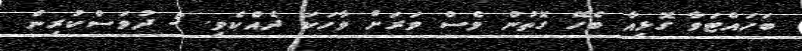
ބަހައްޓަވާ ގޮޅިއާ ބެހޭ ގޮތުން ވެސް ވަރަށް ވާހަކަ ދެއްކެވި. 5 ދުވަަސްކުރިން